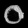
Digit: ၀